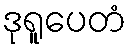
ဒုရူပေတံ